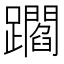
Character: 𨇝